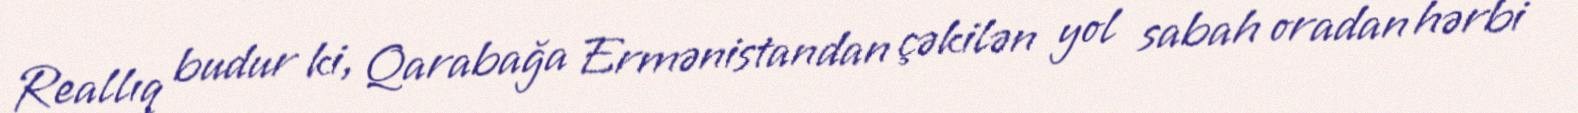
Reallıq budur ki, Qarabağa Ermənistandan çəkilən yol sabah oradan hərbi